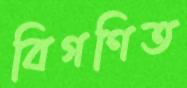
বিগণিত